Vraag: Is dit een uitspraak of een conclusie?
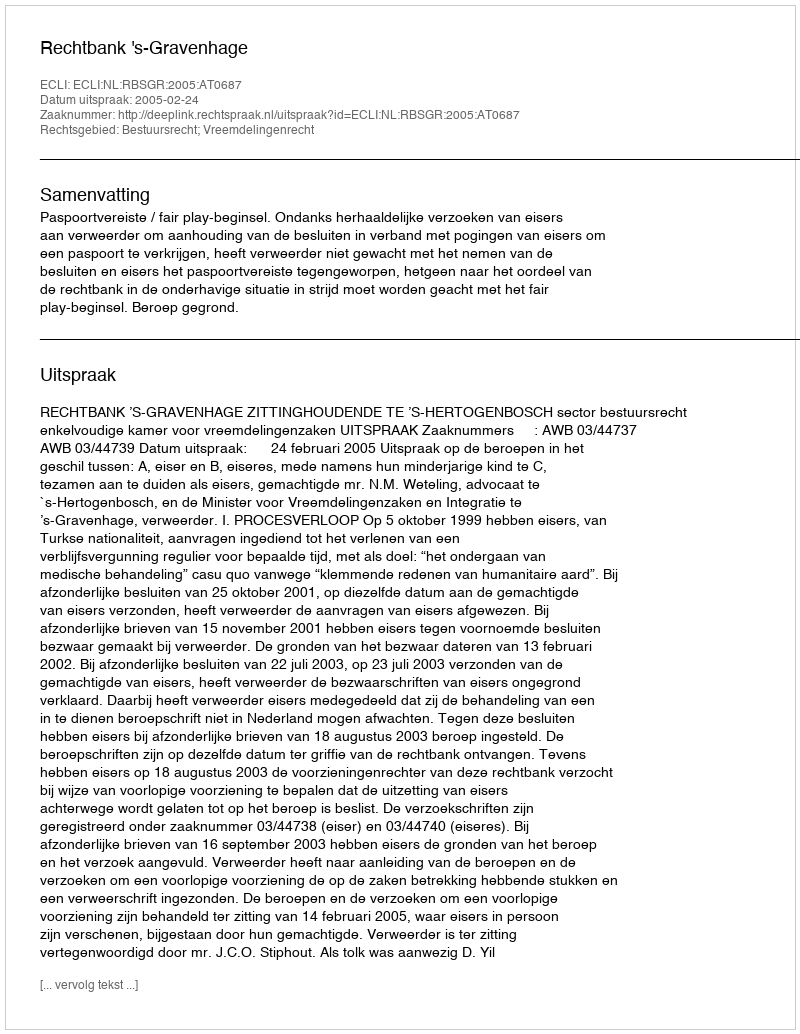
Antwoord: Uitspraak